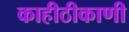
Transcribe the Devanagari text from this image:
काहीठीकाणी